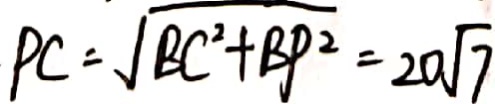
P C = \sqrt { B C ^ { 2 } + B P ^ { 2 } } = 2 0 \sqrt { 7 }